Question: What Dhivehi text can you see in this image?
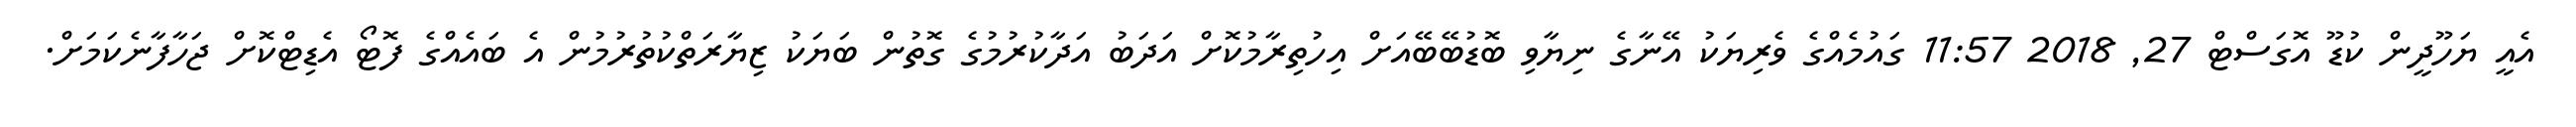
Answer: އެއީ ޔަހޫދީން ކުޑޫ އޮގަސްޓް 27, 2018 11:57 ގައުމެއްގެ ވެރިޔަކު އޭނާގެ ނިޔާވި ބޮޑުބޭބޭއަށް އިހުތިރާމުކޮށް އަދަބު އަދާކުރުމުގެ ގޮތުން ބަޔަކު ޒިޔާރަތްކުތުރުމުން އެ ބައެއްގެ ފޮޓޯ އެޑިޓްކޮށް ޖަހާފާނެކަމަށް.